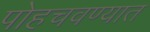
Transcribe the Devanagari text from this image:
पोहचवण्यात